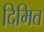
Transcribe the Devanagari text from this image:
दिमित